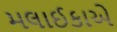
મલાઈકાએ